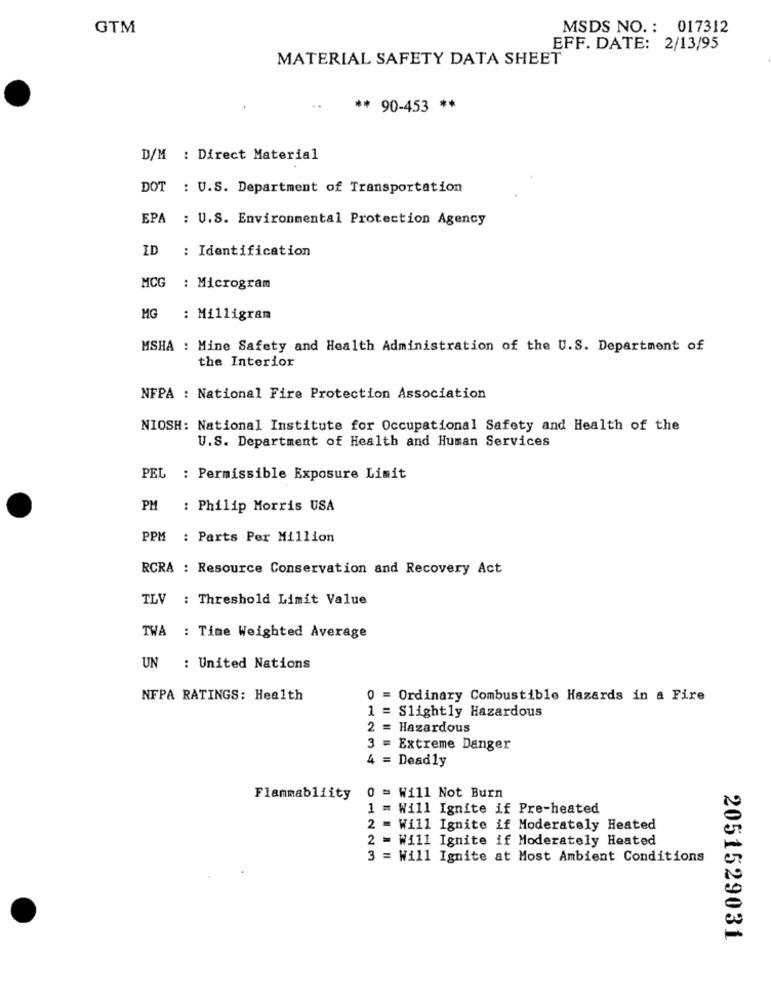
GTM
MSDS NO. : 017312
EFF. DATE: 2/13/95
MATERIAL SAFETY DATA SHEET
** 90-453 **
D/M : Direct Material
DOT : U.S. Department of Transportation
EPA : U.S. Environmental Protection Agency
ID
: Identification
MCG : Microgram
MG : Milligram
MSHA : Mine Safety and Health Administration of the U.S. Department of
the Interior
NFPA : National Fire Protection Association
NIOSH: National Institute for Occupational Safety and Health of the
U.S. Department of Health and Human Services
PEL : Permissible Exposure Limit
PM
: Philip Morris USA
PPM
: Parts Per Million
RCRA : Resource Conservation and Recovery Act
TLV : Threshold Limit Value
TWA : Time Weighted Average
UN : United Nations
NFPA RATINGS: Health
0 = Ordinary Combustible Hazards in a Fire
1
Slightly Hazardous
2 = Hazardous
3 =
Extreme Danger
4 = Deadly
Flammabliity
0 = Will Not Burn
1 = Will Ignite if Pre-heated
2 = Will Ignite if Moderately Heated
2 = Will Ignite if Moderately Heated
3 = Will Ignite at Most Ambient Conditions
2051529031